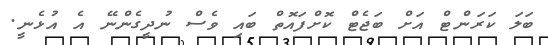
ބަލަ ކަރަންޓް އަށް ބަޖެޓް ކޮށްފައޮތް ބައި ވެސް ނުދީގެންނޭ އެ އުޅެނީ.